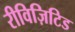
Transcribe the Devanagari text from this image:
रीविज़िटिड